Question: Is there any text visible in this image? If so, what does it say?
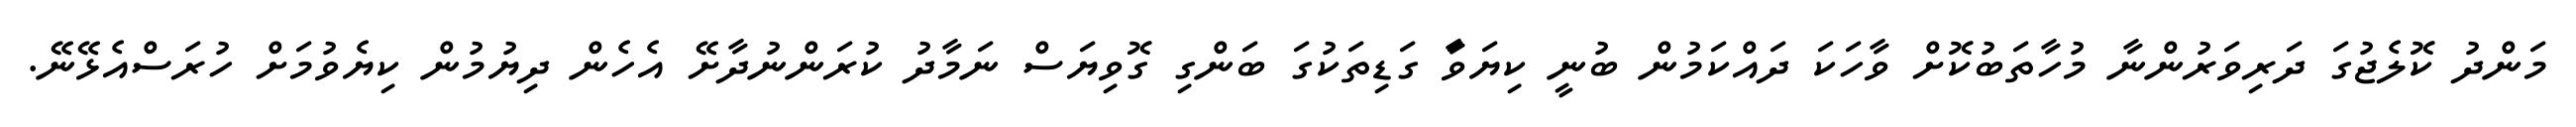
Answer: މަންދު ކޮލެޖުގަ ދަރިވަރުންނާ މުހާތަބުކޮށް ވާހަކަ ދައްކަމުން ބުނީ ކިޔަވަާ ގަޑިތަކުގަ ބަންގި ގޮވިޔަސް ނަމާދު ކުރަންނުދާށޭ އެހެން ދިޔުމުން ކިޔެވުމަށް ހުރަސްއެޅޭނޭ.